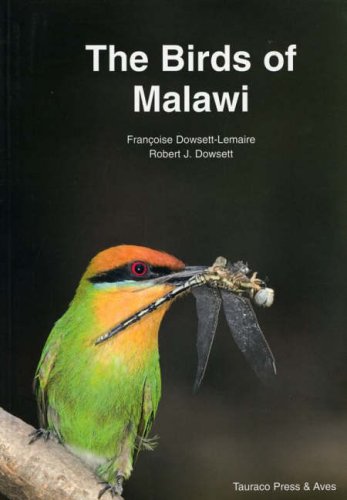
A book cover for The Birds of Malawi: An Atlas and Handbook; Dowsett; Travel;